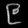
Digit: ၉